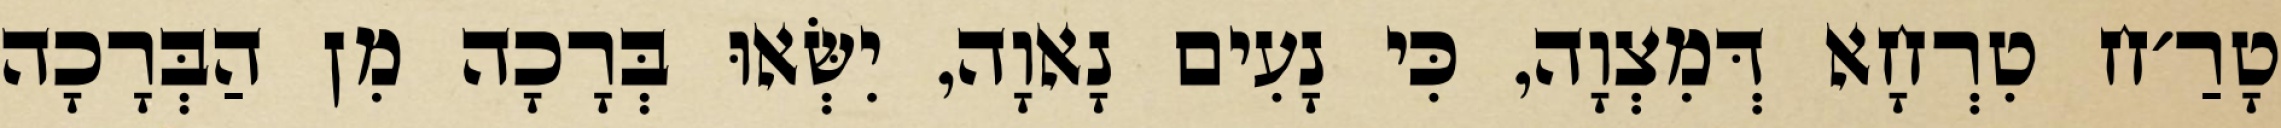
טָרַ׳ח טִרְחָא דְּמִצְוָה, כִּי נָעִים נָאוָה, יִשְּׂאוּ בְּרָכָה מִן הַבְּרָכָה